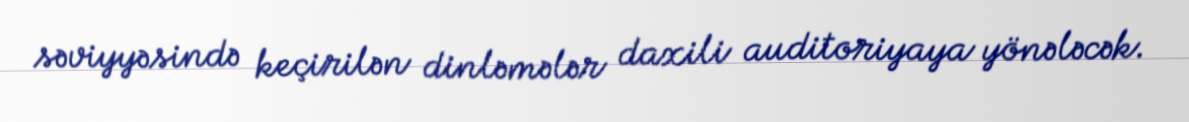
səviyyəsində keçirilən dinləmələr daxili auditoriyaya yönələcək.